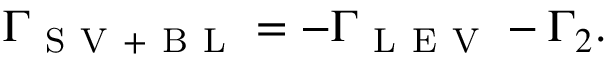
\Gamma _ { \mathrm { ~ S ~ V ~ + ~ B ~ L ~ } } = - \Gamma _ { \mathrm { ~ L ~ E ~ V ~ } } - \Gamma _ { 2 } .